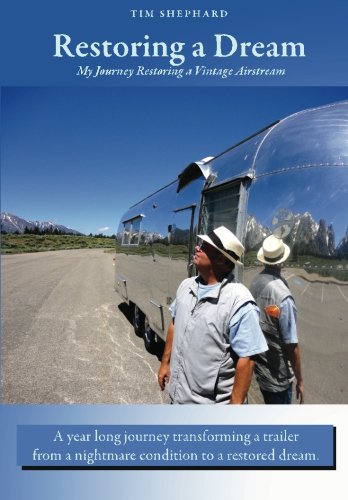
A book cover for Restoring a Dream: My Journey Restoring a Vintage Airstream; Tim Shephard; Sports & Outdoors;